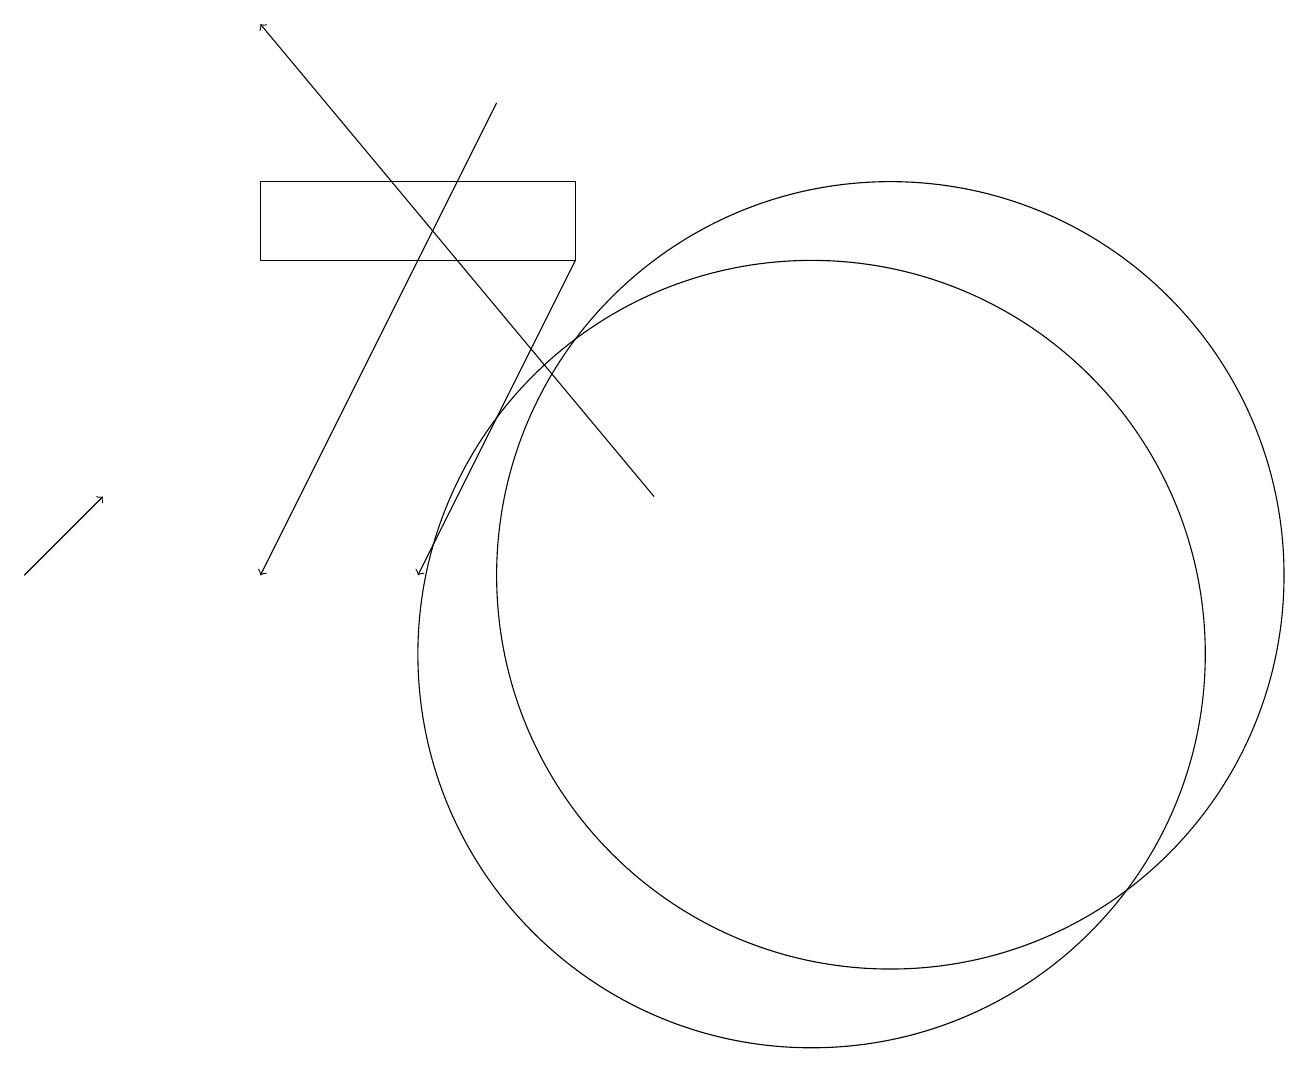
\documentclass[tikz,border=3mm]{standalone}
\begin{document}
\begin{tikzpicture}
\draw[->] (7,17) -- (4,11);
\draw[->] (8,15) -- (6,11);
\draw[->] (9,12) -- (4,18);
\draw (11,11) circle (0);
\draw (8,15) rectangle (4,16);
\draw (12,11) circle (5);
\draw (11,10) circle (5);
\draw[->] (1,11) -- (2,12);
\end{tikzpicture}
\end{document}